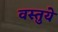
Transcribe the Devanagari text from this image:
वस्तुये